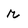
Character: r